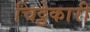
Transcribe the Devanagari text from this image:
चिट्ठेकारी